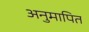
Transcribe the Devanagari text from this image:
अनुमापित